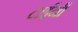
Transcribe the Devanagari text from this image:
टाईनी